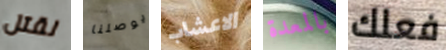
لقتل يوصلنا الاعشاب بالمعدة فعلك